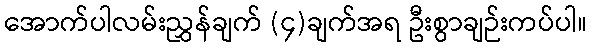
အောက်ပါလမ်းညွှန်ချက် (၄)ချက်အရ ဦးစွာချဉ်းကပ်ပါ။